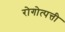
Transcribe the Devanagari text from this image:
रोगोत्पत्ती